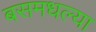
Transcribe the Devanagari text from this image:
बसमधल्या